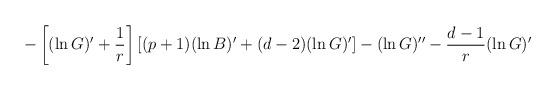
LaTeX: \begin{align*}-\left[(\ln G)'+{1\over r}\right]\left[(p+1)(\ln B)'+(d-2)(\ln G)'\right]-(\ln G)''-{d-1 \over r}(\ln G)'\end{align*}